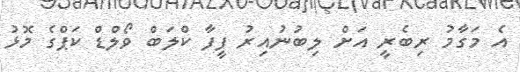
އެ މަގާމު ރިބެރީ އަށް ލިބުނުއިރު ފީފާ ކްލަބް ވޯލްޑް ކަޕްގެ މޮޅު